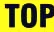
TOP